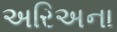
અરિઅના